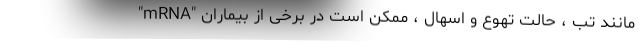
"mRNA" مانند تب ، حالت تهوع و اسهال ، ممکن است در برخی از بیماران